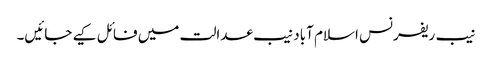
نیب ریفرنس اسلام آباد نیب عدالت میں فائل کیے جائیں۔